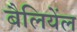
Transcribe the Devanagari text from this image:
बैलियेंल